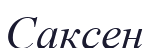
Саксен